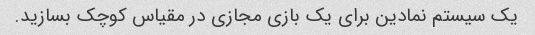
یک سیستم نمادین برای یک بازی مجازی در مقیاس کوچک بسازید.